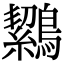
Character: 𪅸